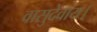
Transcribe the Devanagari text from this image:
वासुदेवाय।